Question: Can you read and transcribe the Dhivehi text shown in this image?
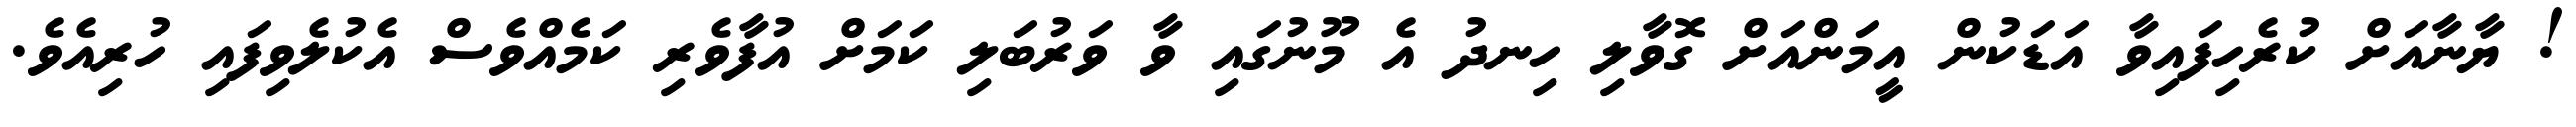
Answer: ! ޔާނާއަށް ކުރެހިފައިވާ އަޑަކުން އީމަންއަށް ގޮވާލި ހިނދު އެ މޫނުގައި ވާ ވަރުބަލި ކަމަށް އުފާވެރި ކަމެއްވެސް އެކުލެވިފައި ހުރިއެވެ.